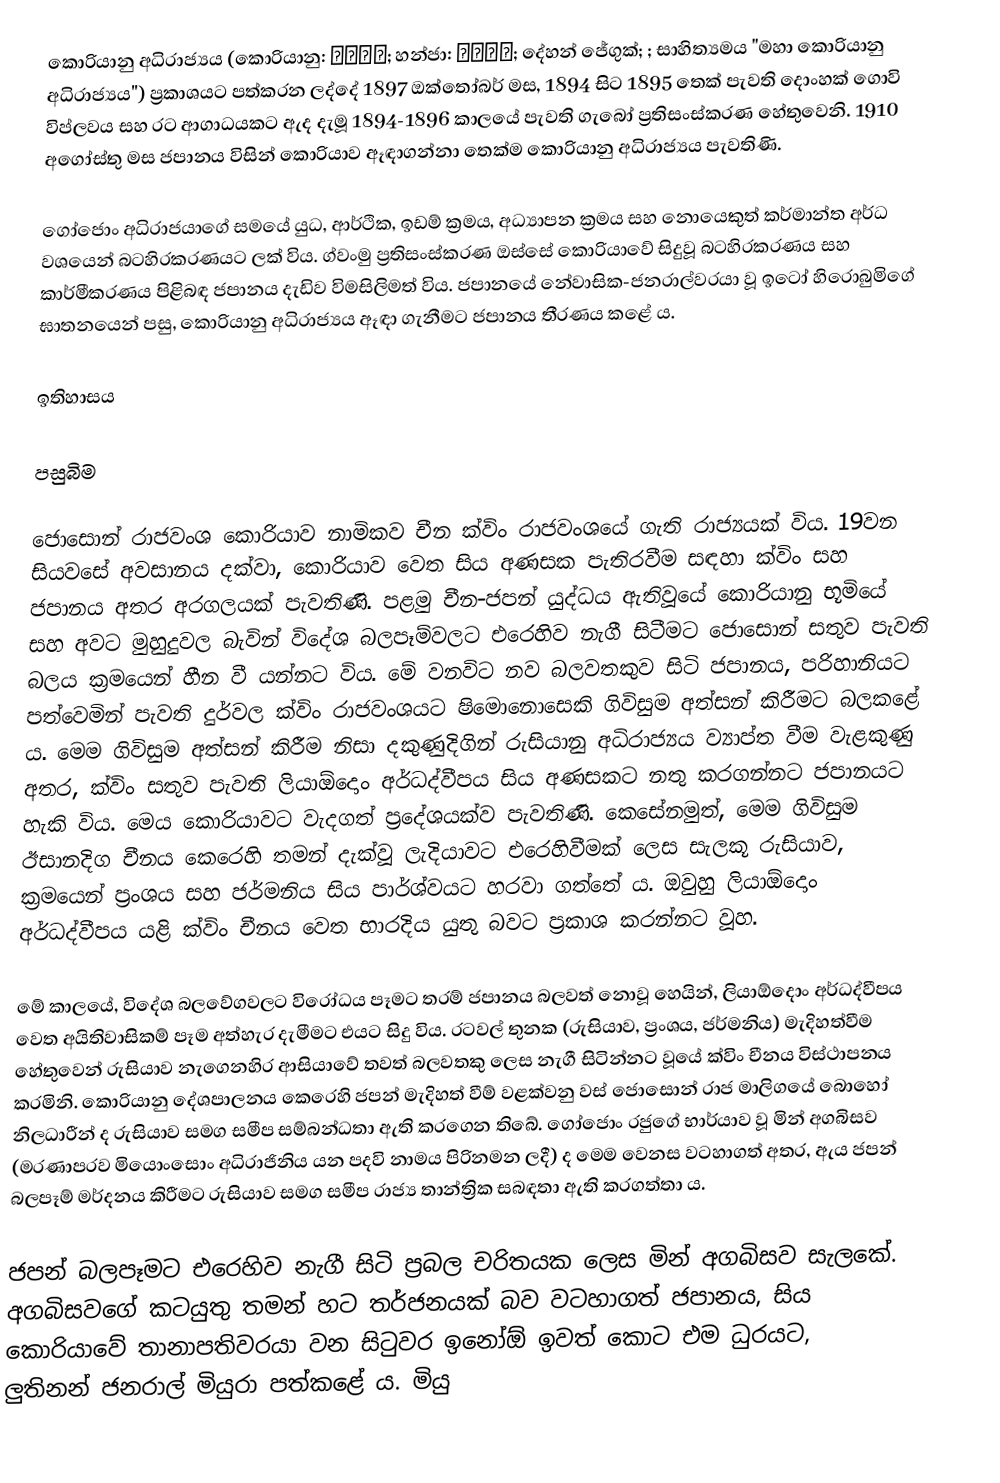
කොරියානු අධිරාජ්‍යය (කොරියානු: 대한제국; හන්ජා: 大韓帝國; දේහන් ජේගුක්; ; සාහිත්‍යමය "මහා කොරියානු අධිරාජ්‍යය") ප්‍රකාශයට පත්කරන ලද්දේ 1897 ඔක්තෝබර් මස, 1894 සිට 1895 තෙක් පැවති දොංහක් ගොවි විප්ලවය සහ රට ආගාධයකට ඇද දැමූ 1894-1896 කාලයේ පැවති ගැබෝ ප්‍රතිසංස්කරණ හේතුවෙනි. 1910 අගෝස්තු මස ජපානය විසින් කොරියාව ඈඳාගන්නා තෙක්ම කොරියානු අධිරාජ්‍යය පැවතිණි.

ගෝජොං අධිරාජයාගේ සමයේ යුධ, ආර්ථික, ඉඩම් ක්‍රමය, අධ්‍යාපන ක්‍රමය සහ නොයෙකුත් කර්මාන්ත අර්ධ වශයෙන් බටහිරකරණයට ලක් විය. ග්වංමු ප්‍රතිසංස්කරණ ඔස්සේ කොරියාවේ සිදුවූ බටහිරකරණය සහ කාර්මීකරණය පිළිබඳ ජපානය දැඩිව විමසිලිමත් විය. ජපානයේ නේවාසික-ජනරාල්වරයා වූ ඉටෝ හිරොබුමිගේ ඝාතනයෙන් පසු, කොරියානු අධිරාජ්‍යය ඈඳා ගැනීමට ජපානය තීරණය කළේ ය.

ඉතිහාසය

පසුබිම

ජොසොන් රාජවංශ‍ කොරියාව නාමිකව චීන ක්විං රාජවංශයේ ගැති රාජ්‍යයක් විය. 19වන සියවසේ අවසානය දක්වා, කොරියාව වෙත සිය අණසක පැතිරවීම සඳහා ක්විං සහ ජපානය අතර අරගලයක් පැවතිණි. පළමු චීන-ජපන් යුද්ධය ඇතිවූයේ කොරියානු භූමියේ සහ අවට මුහුදුවල බැවින් විදේශ බලපෑම්වලට එරෙහිව නැගී සිටීමට ජොසොන් සතුව පැවති බලය ක්‍රමයෙන් හීන වී යන්නට විය. මේ වනවිට නව බලවතකුව සිටි ජපානය, පරිහානියට පත්වෙමින් පැවති දුර්වල ක්විං රාජවංශයට ෂිමොනොසෙකි ගිවිසුම අත්සන් කිරීමට බලකළේ ය. මෙම ගිවිසුම අත්සන් කිරීම නිසා දකුණුදිගින් රුසියානු අධිරාජ්‍යය ව්‍යාප්ත වීම වැළකුණු අතර, ක්විං සතුව පැවති ලියාඕදොං අර්ධද්වීපය සිය අණසකට නතු කරගන්නට ජපානයට හැකි විය. මෙය කොරියාවට වැදගත් ප්‍රදේශයක්ව පැවතිණි. කෙසේනමුත්, මෙම ගිවිසුම ඊසානදිග චීනය කෙරෙහි තමන් දැක්වූ ලැදියාවට එරෙහිවීමක් ලෙස සැලකූ රුසියාව, ක්‍රමයෙන් ප්‍රංශය සහ ජර්මනිය සිය පාර්ශ්වයට හරවා ගත්තේ ය. ඔවුහු ලියාඕදොං අර්ධද්වීපය යළි ක්විං චීනය වෙත භාරදිය යුතු බවට ප්‍රකාශ කරන්නට වූහ.

මේ කාලයේ, විදේශ බලවේගවලට විරෝධය පෑම‍ට තරම් ජපානය බලවත් නොවූ හෙයින්, ලියාඕදොං අර්ධද්වීපය වෙත අයිතිවාසිකම් පෑම අත්හැර දැමීමට එයට සිදු විය. රටවල් තුනක (රුසියාව, ප්‍රංශය, ජර්මනිය) මැදිහත්වීම හේතුවෙන් රුසියාව නැගෙනහිර ආසියාවේ තවත් බලවතකු ලෙස නැගී සිටින්නට වූයේ ක්විං චීනය විස්ථාපනය කරමිනි. කොරියානු දේශපාලනය කෙරෙහි ජපන් මැදිහත් වීම් වළක්වනු වස් ජොසොන් රාජ මාලිගයේ බොහෝ නිලධාරීන් ද රුසියාව සමග සමීප සම්බන්ධතා ඇති කරගෙන තිබේ. ගෝජොං රජුගේ භාර්යාව වූ මින් අගබිසව (මරණාපරව මියොංසොං අධිරාජිනිය යන පදවි නාමය පිරිනමන ලදී) ද මෙම වෙනස වටහාගත් අතර, ඇය ජපන් බලපෑම් මර්දනය කිරීමට රුසියාව සමග සමීප රාජ්‍ය තාන්ත්‍රික සබඳතා ඇති කරගත්තා ය.

ජපන් බලපෑමට එරෙහිව නැගී සිටි ප්‍රබල චරිතයක ලෙස මින් අගබිසව සැලකේ. අගබිසවගේ කටයුතු තමන් හට තර්ජනයක් බව වටහාගත් ජපානය, සිය කොරියාවේ තානාපතිවරයා වන සිටුවර ඉනෝඕ ඉවත් කොට එම ධුරයට, ලුතිනන් ජනරාල් මියුරා පත්කළේ ය. මියු